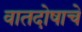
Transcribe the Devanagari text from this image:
वातदोषाचे